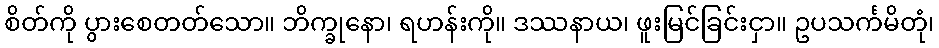
စိတ်ကို ပွားစေတတ်သော။ ဘိက္ခုနော၊ ရဟန်းကို။ ဒဿနာယ၊ ဖူးမြင်ခြင်းငှာ။ ဥပသင်္ကမိတုံ၊